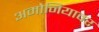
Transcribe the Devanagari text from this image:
अमोनियावर